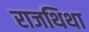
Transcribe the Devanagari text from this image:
राजथिथा